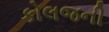
કોલજની